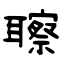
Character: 聺